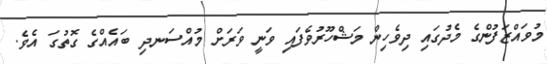
މުވައްޒަފުންގެ މެދުގައި ދިވެހިން މަޝްހޫރުވެފައި ވަނީ ވަރަށް މުއްސަނދި ބައެއްގެ ގޮތުގަ އެވެ.